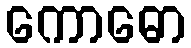
ကောဓော